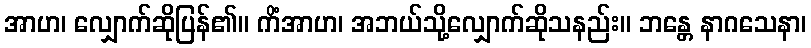
အာဟ၊ လျှောက်ဆိုပြန်၏။ ကိံအာဟ၊ အဘယ်သို့လျှောက်ဆိုသနည်း။ ဘန္တေ နာဂသေနာ၊